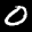
Label: 0